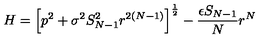
H = \left[ p ^ { 2 } + \sigma ^ { 2 } S _ { N - 1 } ^ { 2 } r ^ { 2 ( N - 1 ) } \right] ^ { \frac 1 2 } - \frac { \epsilon S _ { N - 1 } } { N } r ^ { N }